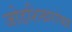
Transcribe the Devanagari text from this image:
जोडशिखरांच्या